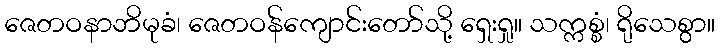
ဇေတဝနာဘိမုခံ၊ ဇေတဝန်ကျောင်းတော်သို့ ရှေးရှု။ သက္ကစ္စံ၊ ရိုသေစွာ။